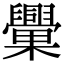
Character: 𣡈